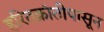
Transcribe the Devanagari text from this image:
हरितक्रांतीपासून